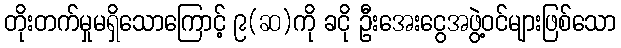
တိုးတက်မှုမရှိသောကြောင့် ၉(ဆ)ကို ခငို ဦးအေးငွေအဖွဲ့ဝင်များဖြစ်သော